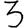
Digit: 3